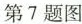
第7题图